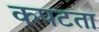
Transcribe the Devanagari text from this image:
कपटता